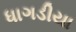
ધાગડીયા